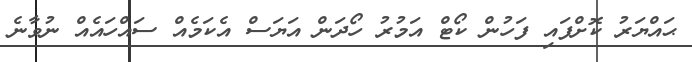
ޙައްޔަރު ކޮށްފައި ފަހުން ކޯޓް އަމުރު ހޯދަން އަޔަސް އެކަމެއް ސައްހައެއް ނުވާނެ